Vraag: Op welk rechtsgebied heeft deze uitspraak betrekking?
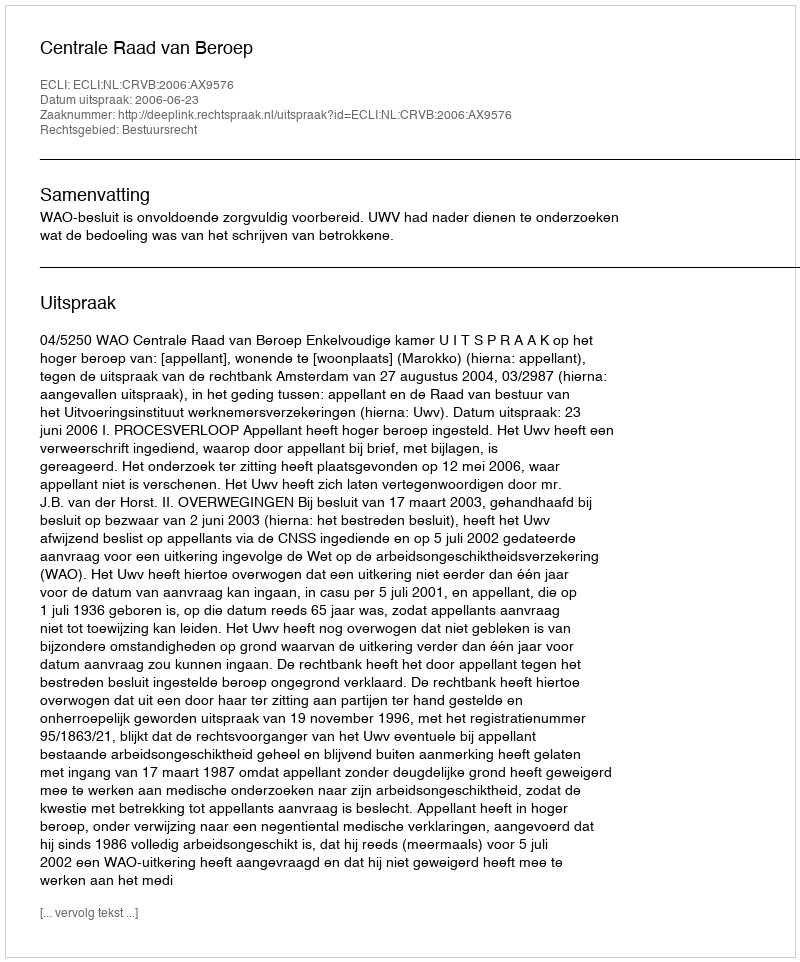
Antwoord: Bestuursrecht